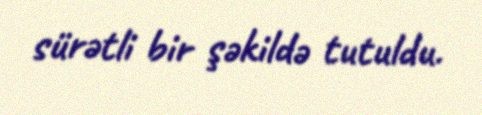
sürətli bir şəkildə tutuldu.